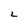
Character: L